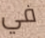
في